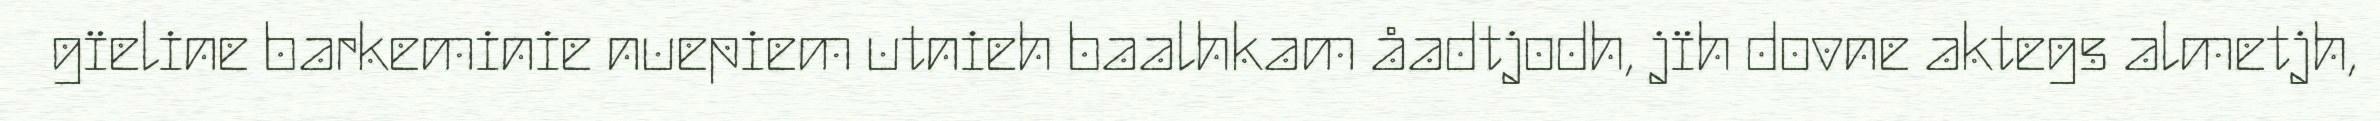
gïeline barkeminie nuepiem utnieh baalhkam åadtjodh, jïh dovne aktegs almetjh,